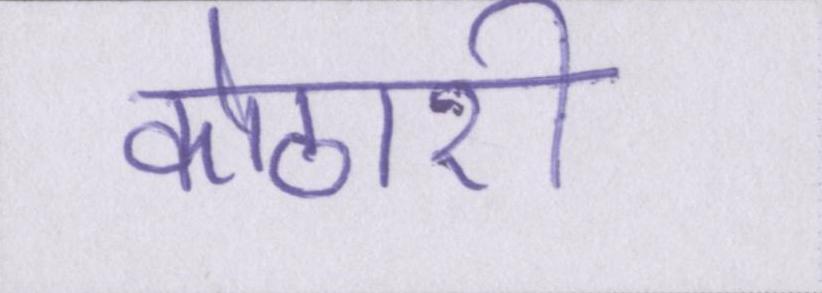
कोठारी